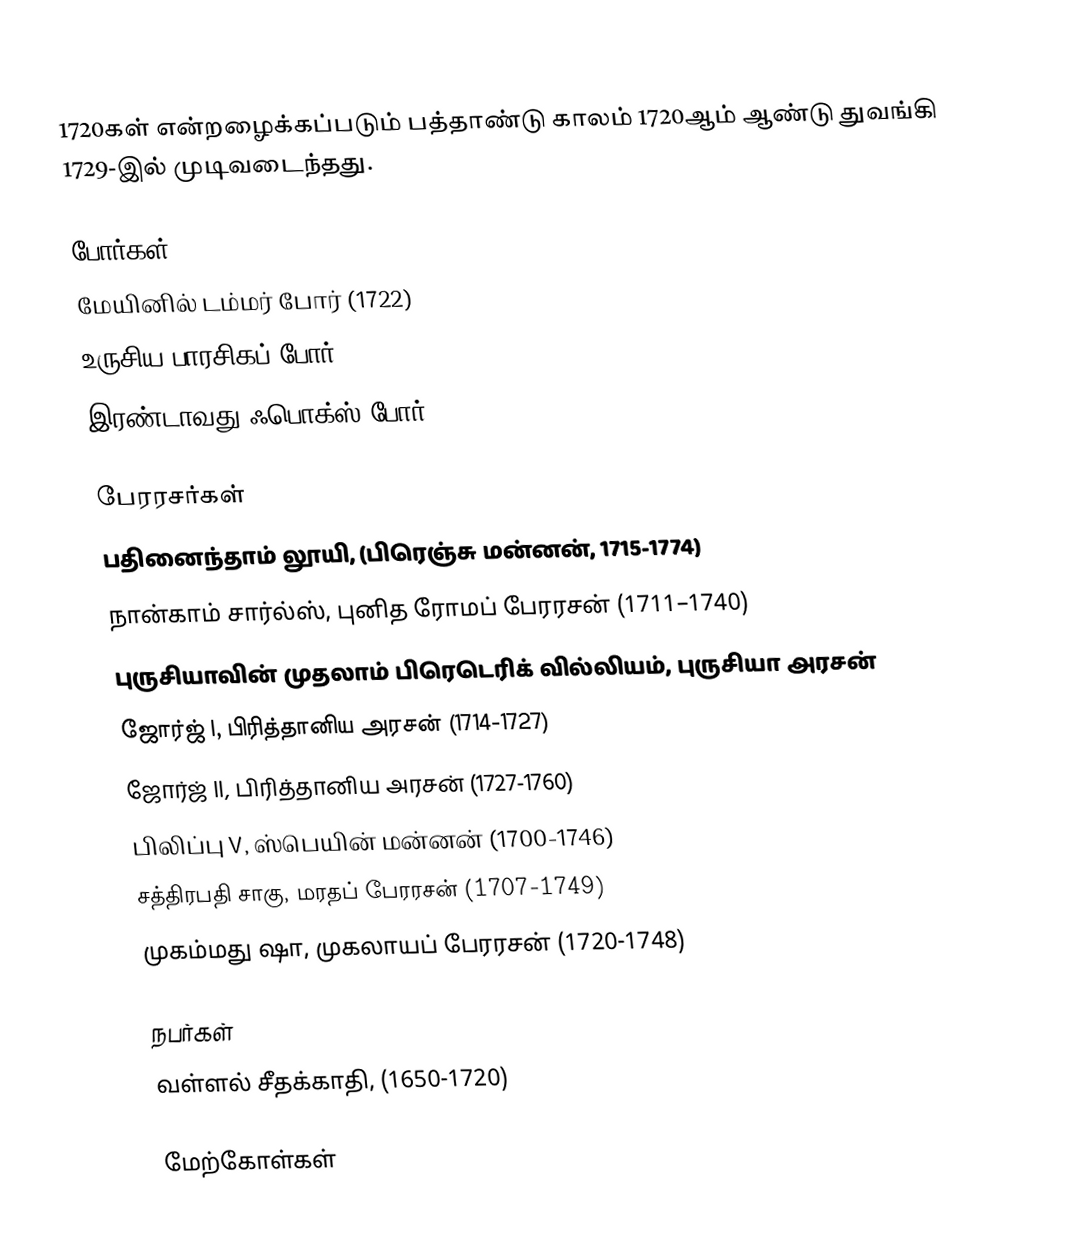
1720கள் என்றழைக்கப்படும் பத்தாண்டு காலம் 1720ஆம் ஆண்டு துவங்கி 1729-இல் முடிவடைந்தது.

போர்கள்
 மேயினில் டம்மர் போர் (1722)
 உருசிய-பாரசிகப் போர், (1722-1727)
 இரண்டாவது ஃபொக்ஸ் போர், (1728–1737)

பேரரசர்கள்
 பதினைந்தாம் லூயி, (பிரெஞ்சு மன்னன், 1715-1774)
 நான்காம் சார்ல்ஸ், புனித ரோமப் பேரரசன் (1711–1740)
 புருசியாவின் முதலாம் பிரெடெரிக் வில்லியம், புருசியா அரசன்
 ஜோர்ஜ் I, பிரித்தானிய அரசன் (1714-1727)
 ஜோர்ஜ் II, பிரித்தானிய அரசன் (1727-1760)
 பிலிப்பு V, ஸ்பெயின் மன்னன் (1700-1746)
 சத்திரபதி சாகு, மரதப் பேரரசன் (1707-1749)
 முகம்மது ஷா, முகலாயப் பேரரசன் (1720-1748)

நபர்கள்
 வள்ளல் சீதக்காதி, (1650-1720)

மேற்கோள்கள்